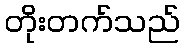
တိုးတက်သည်